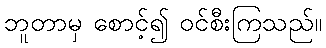
ဘူတာမှ စောင့်၍ ဝင်စီးကြသည်။